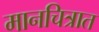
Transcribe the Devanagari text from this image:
मानचित्रात